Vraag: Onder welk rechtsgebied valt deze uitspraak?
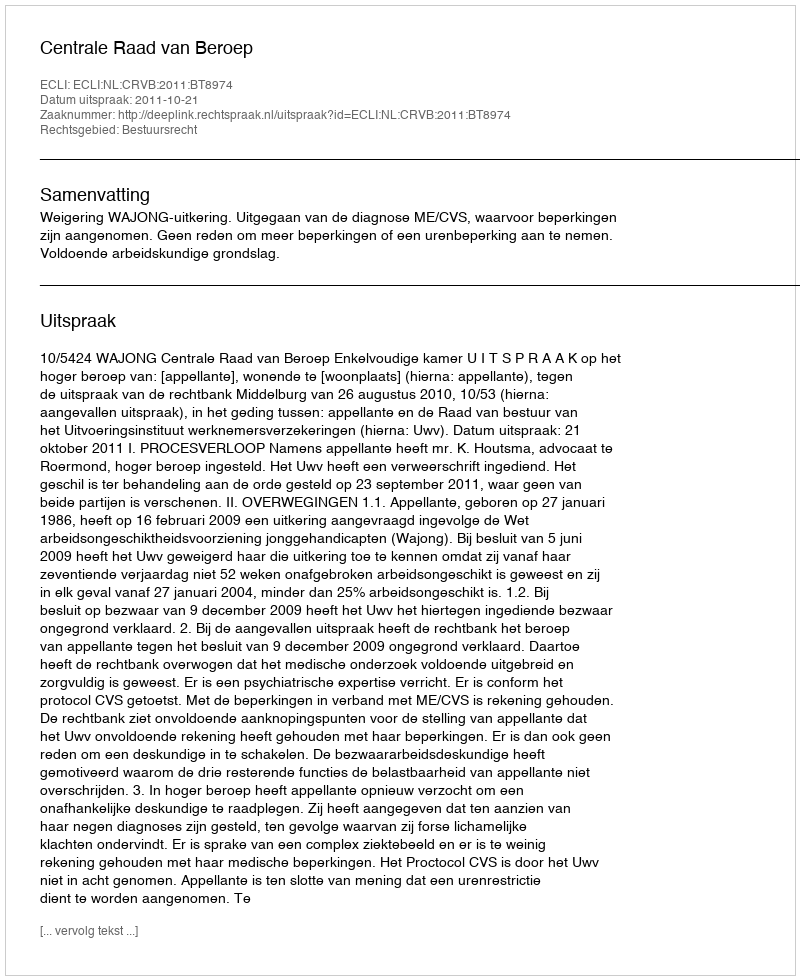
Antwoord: Bestuursrecht